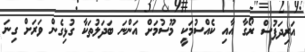
އަރިދަފުސް ރޯގާ އާއި ކެއްސުމަކީ މޫސުމަށް އަންނަ ބަދަލުތަކާ ގުޅިގެން ވަރަށް ގިނަ